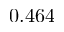
0 . 4 6 4